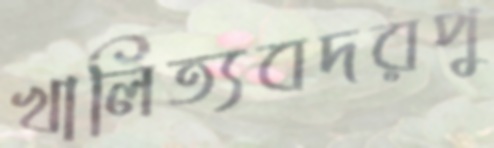
খালিত্যবদরপু